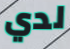
لدي